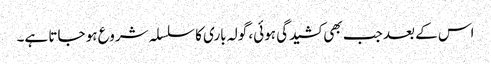
اس کے بعد جب بھی کشیدگی ہوئی، گولہ باری کا سلسلہ شروع ہو جاتا ہے۔